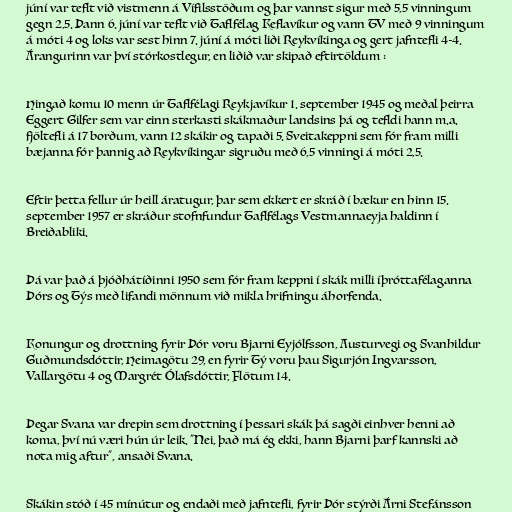
júní var teflt við vistmenn á Vífilsstöðum og þar vannst sigur með 5,5 vinningum
gegn 2,5. Þann 6. júní var teflt við Taflfélag Keflavíkur og vann TV með 9 vinningum
á móti 4 og loks var sest hinn 7. júní á móti liði Reykvíkinga og gert jafntefli 4-4.
Árangurinn var því stórkostlegur, en liðið var skipað eftirtöldum :

Hingað komu 10 menn úr Taflfélagi Reykjavíkur 1. september 1945 og meðal þeirra
Eggert Gilfer sem var einn sterkasti skákmaður landsins þá og tefldi hann m.a.
fjöltefli á 17 borðum, vann 12 skákir og tapaði 5. Sveitakeppni sem fór fram milli
bæjanna fór þannig að Reykvíkingar sigruðu með 6,5 vinningi á móti 2,5.

Eftir þetta fellur úr heill áratugur, þar sem ekkert er skráð í bækur en hinn 15.
september 1957 er skráður stofnfundur Taflfélags Vestmannaeyja haldinn í
Breiðabliki.

Þá var það á þjóðhátíðinni 1950 sem fór fram keppni í skák milli íþróttafélaganna
Þórs og Týs með lifandi mönnum við mikla hrifningu áhorfenda.

Konungur og drottning fyrir Þór voru Bjarni Eyjólfsson, Austurvegi og Svanhildur
Guðmundsdóttir, Heimagötu 29, en fyrir Tý voru þau Sigurjón Ingvarsson,
Vallargötu 4 og Margrét Ólafsdóttir, Flötum 14.

Þegar Svana var drepin sem drottning í þessari skák þá sagði einhver henni að
koma, því nú væri hún úr leik. "Nei, það má ég ekki, hann Bjarni þarf kannski að
nota mig aftur", ansaði Svana.

Skákin stóð í 45 mínútur og endaði með jafntefli, fyrir Þór stýrði Árni Stefánsson